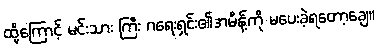
ထို့ကြောင့် မင်းသား ကြီး ဂရေးရှင်း၏အမိန့်ကို မပေးခဲ့ရတော့ချေ။